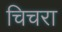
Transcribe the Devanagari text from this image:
चिचरा